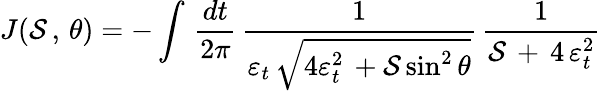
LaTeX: J({\cal S}\, ,\, \theta)=-\int\, {\frac{dt}{2\pi}}\, {\frac{1}{\varepsilon_{t}\, \sqrt{4\varepsilon_{t}^{2}\, +{\cal S}\sin^{2}\theta}}}\, {\frac{1}{{\cal S}\, +\, 4\, \varepsilon_{t}^{2}}}